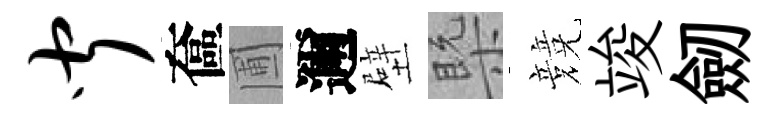
闻奩圃邇壁槩競竣劒